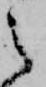
之